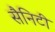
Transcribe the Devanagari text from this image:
सैनिटी